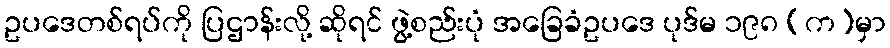
ဥပဒေတစ်ရပ်ကို ပြဌာန်းလို့ ဆိုရင် ဖွဲ့စည်းပုံ အခြေခံဥပဒေ ပုဒ်မ ၁၉၈ (က)မှာ